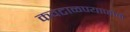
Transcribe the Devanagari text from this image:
कवटाळण्याजोगे